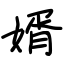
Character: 婿